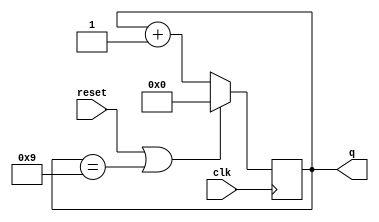
module top_module (
    input clk,
    input reset,        // Synchronous active-high reset
    output [3:0] q);
    
    always @(posedge clk)
        if (reset || q == 4'd9)
            q <= 0;
        else 
            q <= q + 1;

endmodule